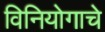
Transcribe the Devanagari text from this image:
विनियोगाचे